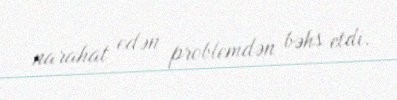
narahat edən problemdən bəhs etdi.